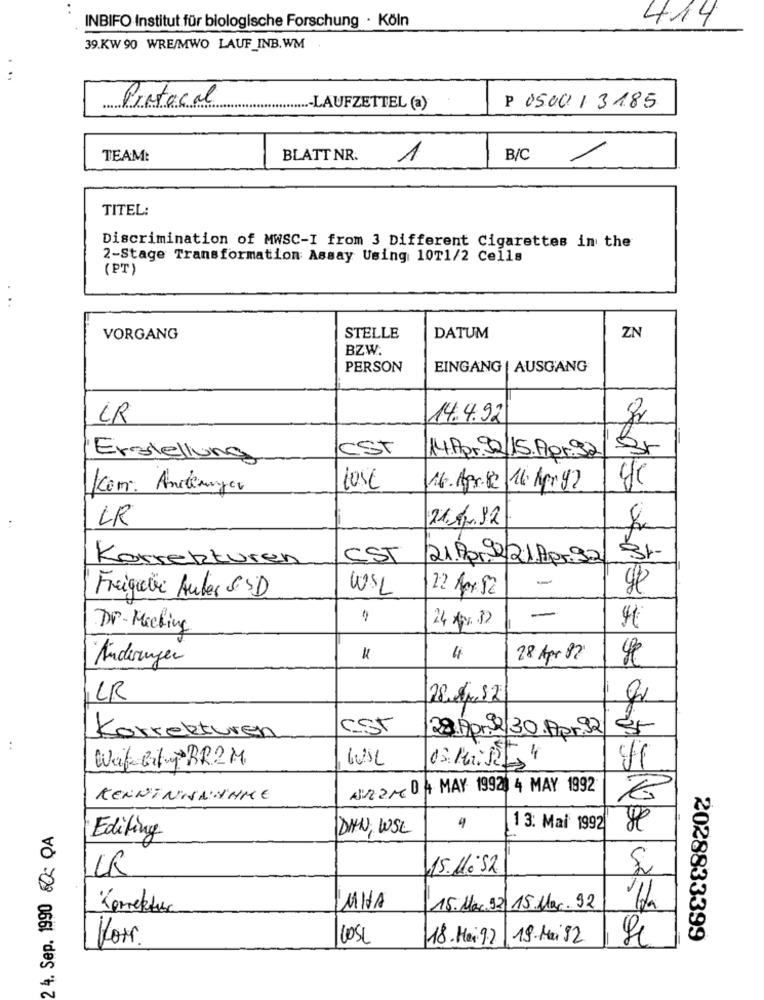
414
INBIFO Institut für biologische Forschung · Köln
39.KW 90 WRE/MWO LAUF_INB.WM
..
Protocal
......
....- LAUFZETTEL (a)
P 050013185
TEAM:
BLATT NR.
1
B/C
TITEL:
Discrimination of MWSC-I from 3 Different Cigarettes in the
2-Stage Transformation Assay Using 10T1/2 Cells
(PT)
VORGANG
STELLE
DATUM
ZN
BZW
PERSON
EINGANG | AUSGANG
LR
14.4.92
CST
Erstellung
14.Apr.22/15.Agr.92/
10SE
16. Apr.12 16 Apr 92
Kom: Andeanyer
21.1.32
LR
Korrekturen
CST
21.Apr.1221.Apr.92
-
Freigabe Auter & SD
WIL
2 10: 52
-
Dr.Meeting
24 A32
Änderungen
4
28 Apr 82
LR
csr
28.Apr.30.Apr.92
Korrekturen
Wait Bily BRZM.
Alzare 0 4 MAY 19920 4 MAY 1992
KENNENNAHHME
2 4. Sep. 1990 0c QA
DIN, WSE
4
13: Mai 1992
Editing
15.10.52
Korrektur
MHA
15. Mar.92 15. Mar. 92
Hors.
LOSL
18.Mai. 92
19.Mai 82
2028833399